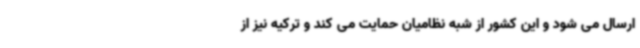
ارسال می شود و این کشور از شبه نظامیان حمایت می کند و ترکیه نیز از